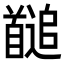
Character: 𩠱